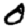
Digit: 0